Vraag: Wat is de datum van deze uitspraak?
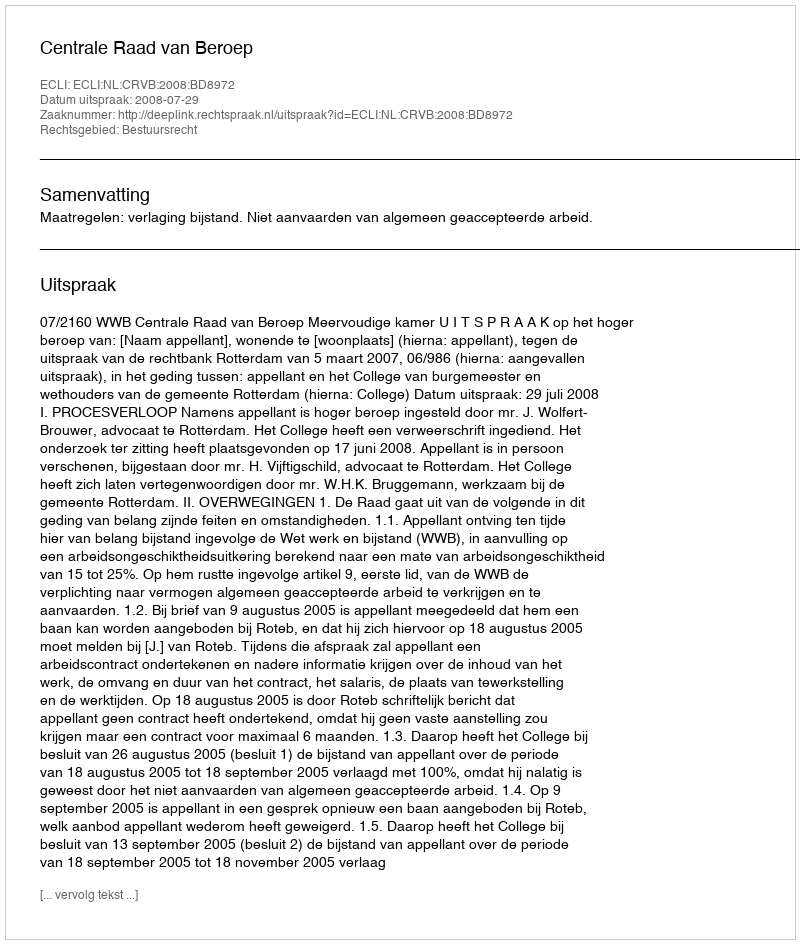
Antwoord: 2008-07-29